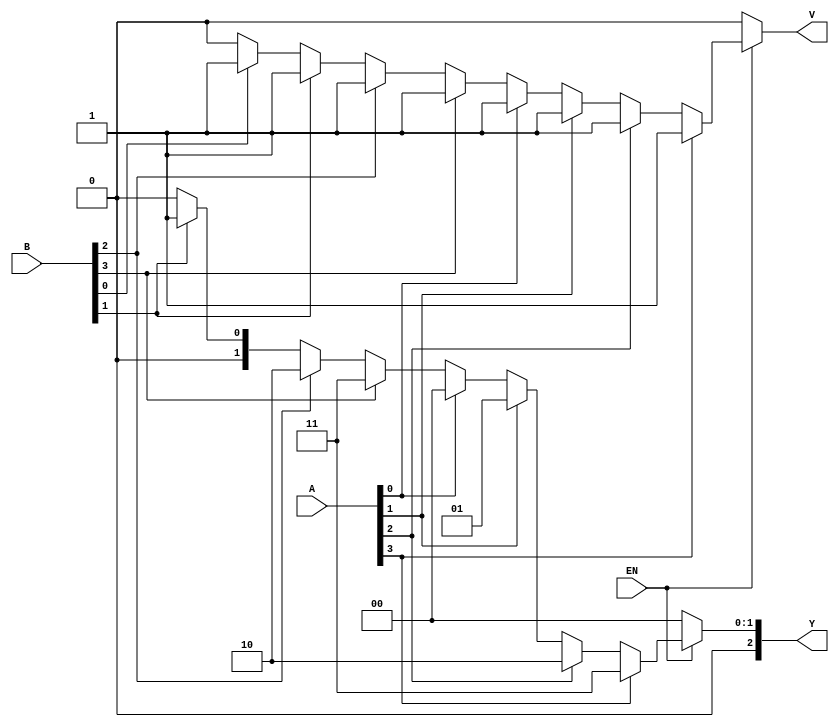
module dual_priority_encoder (
    input  wire [3:0] A,      // Group A inputs
    input  wire [3:0] B,      // Group B inputs
    input  wire EN,           // Enable signal
    output reg  [2:0] Y,      // Output (3-bit binary)
    output reg  V             // Valid signal
);

    always @(*) begin
        if (EN) begin
            // Default values
            Y = 3'b000; // Default output
            V = 1'b0;   // Default valid signal
            
            // Check Group A inputs first
            if (A[3]) begin
                Y = 3'b011; // A3 is active
                V = 1'b1;
            end else if (A[2]) begin
                Y = 3'b010; // A2 is active
                V = 1'b1;
            end else if (A[1]) begin
                Y = 3'b001; // A1 is active
                V = 1'b1;
            end else if (A[0]) begin
                Y = 3'b000; // A0 is active
                V = 1'b1;
            end else begin
                // Check Group B inputs if Group A is inactive
                if (B[3]) begin
                    Y = 3'b011; // B3 is active
                    V = 1'b1;
                end else if (B[2]) begin
                    Y = 3'b010; // B2 is active
                    V = 1'b1;
                end else if (B[1]) begin
                    Y = 3'b001; // B1 is active
                    V = 1'b1;
                end else if (B[0]) begin
                    Y = 3'b000; // B0 is active
                    V = 1'b1;
                end
            end
        end else begin
            // If EN is low, output should be invalid
            Y = 3'b000; // Default output
            V = 1'b0;   // Invalid signal
        end
    end

endmodule